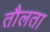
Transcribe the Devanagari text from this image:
तौलता